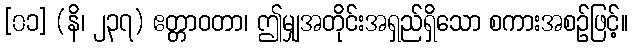
[၀၁] (နိ၊ ၂၃၇) ဧတ္တာဝတာ၊ ဤမျှအတိုင်းအရှည်ရှိသော စကားအစဉ်ဖြင့်။